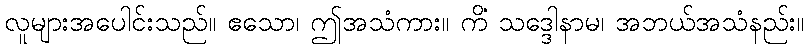
လူများအပေါင်းသည်။ ဧသော၊ ဤအသံကား။ ကိံ သဒ္ဒေါနာမ၊ အဘယ်အသံနည်း။